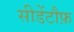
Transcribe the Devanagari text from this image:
सीडेंटौफ़